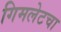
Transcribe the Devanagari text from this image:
गिमलेटचा